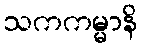
သကကမ္မာနိ